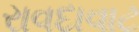
રાવદાવાટ